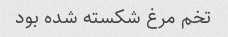
تخم مرغ شکسته شده بود